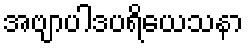
အဗျာပါဒပရိယေသနာ